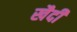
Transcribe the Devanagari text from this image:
खैदी